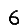
Digit: 6